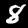
Digit: 8